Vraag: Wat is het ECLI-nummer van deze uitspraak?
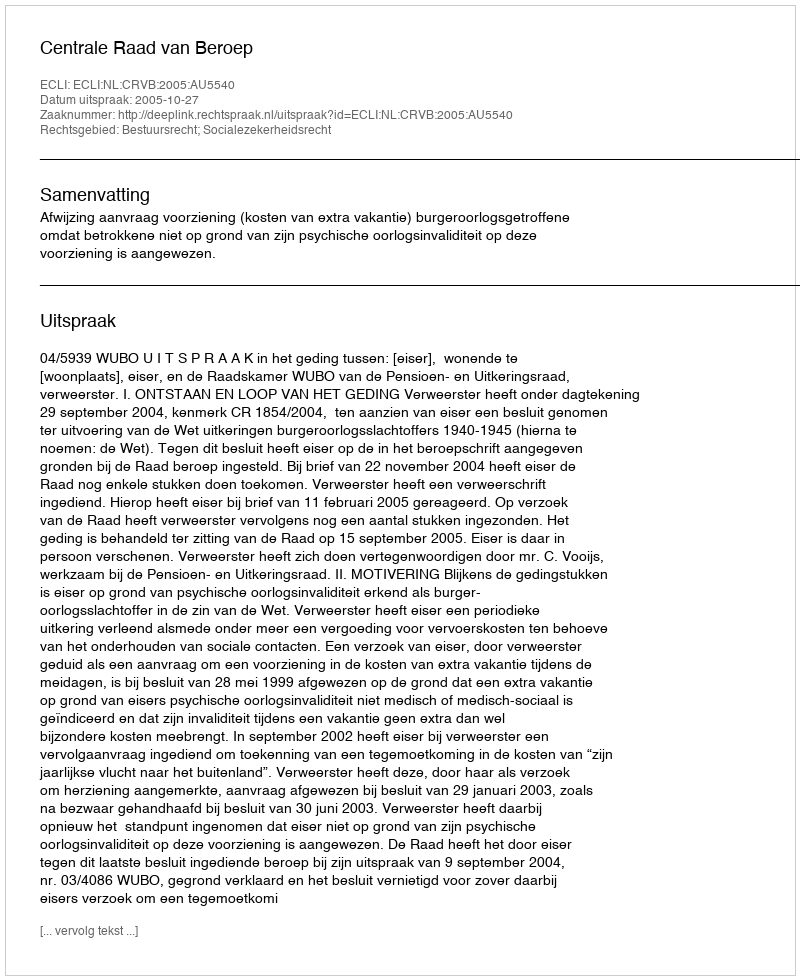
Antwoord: ECLI:NL:CRVB:2005:AU5540